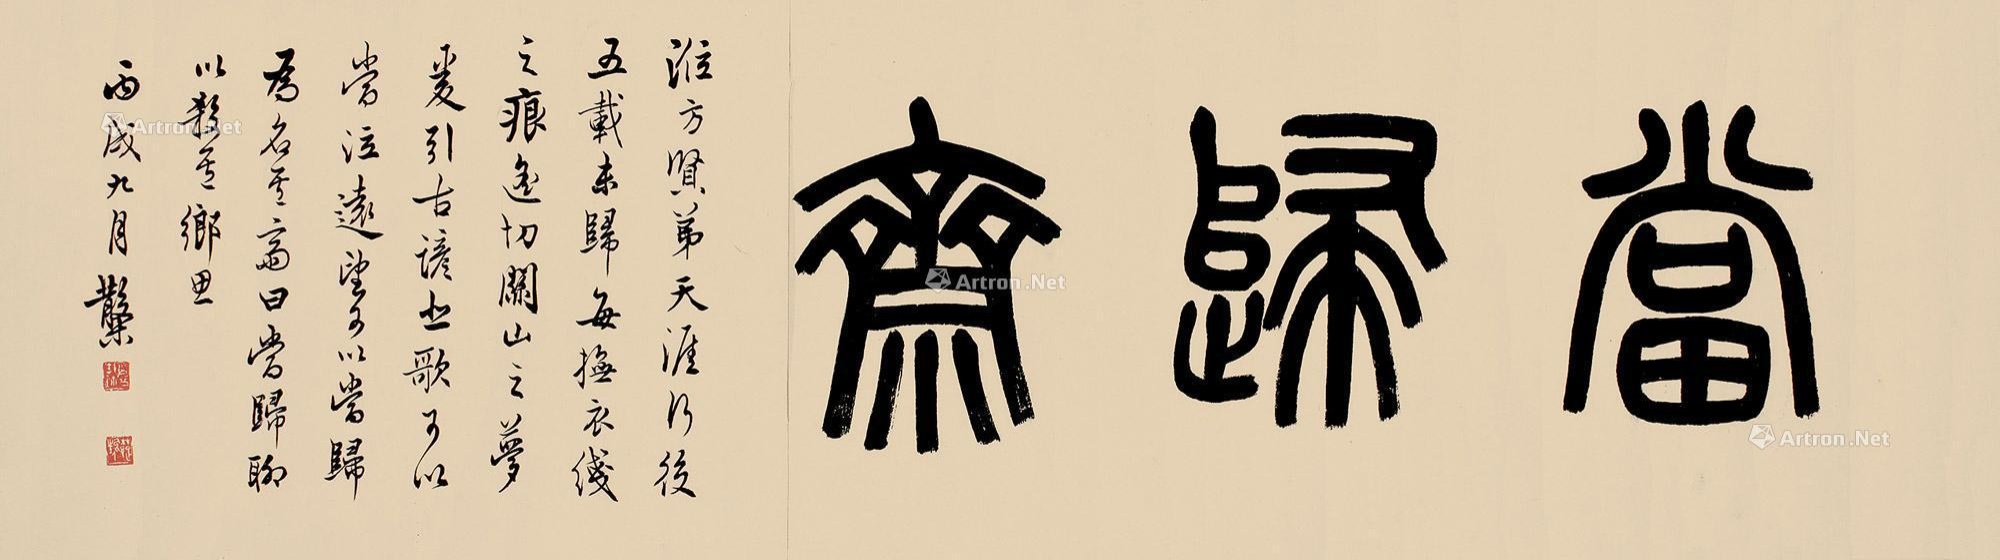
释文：当归斋。莅方贤弟天涯行后五载未归，每抚衣线之痕，遥切关山之梦，爰引古谚：“悲歌可以当泣，远望可以当归。”为名其斋曰：“当归”。聊以杀其乡思。丙戌九月，散木。